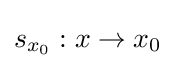
s_{x_{0}}:x\rightarrow x_{0}